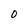
Character: o